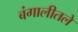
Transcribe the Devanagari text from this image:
बंगालीतले